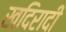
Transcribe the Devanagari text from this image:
खदिरादी